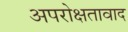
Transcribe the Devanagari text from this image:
अपरोक्षतावाद